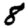
Digit: 8